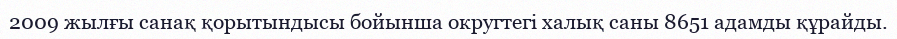
2009 жылғы санақ қорытындысы бойынша округтегі халық саны 8651 адамды құрайды.